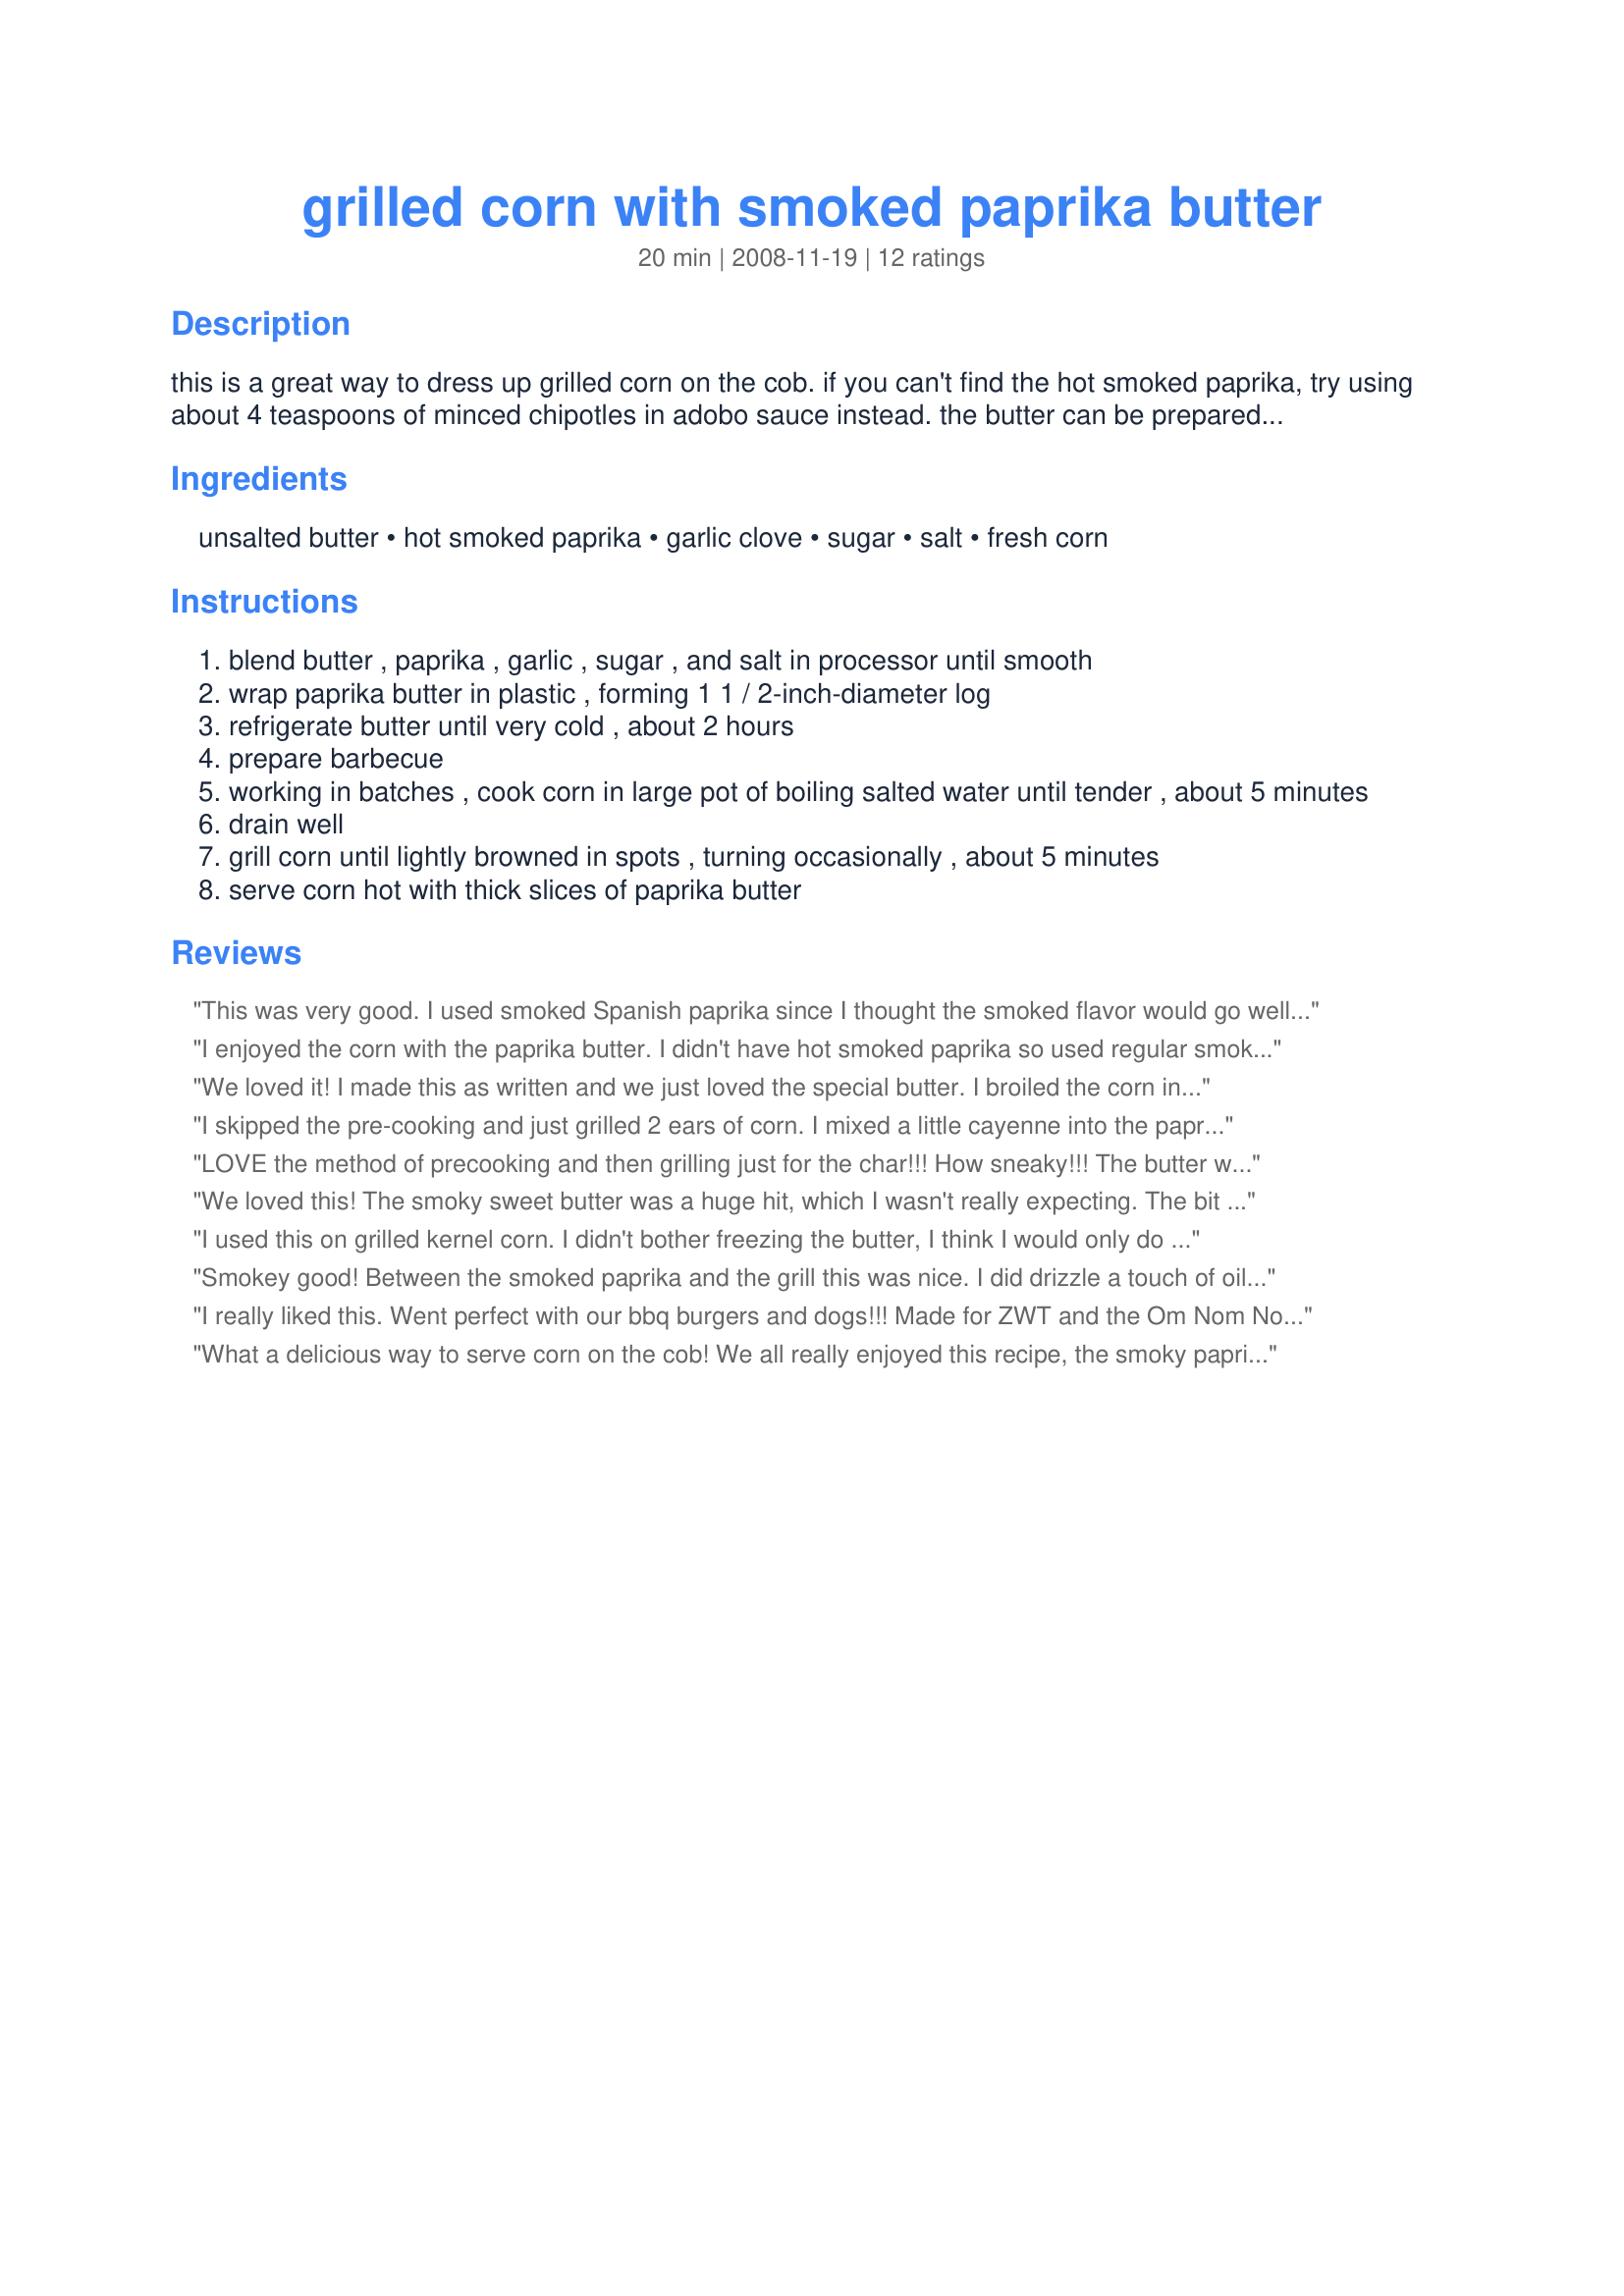
grilled corn with smoked paprika butter
Preparation time: 20 minutes

this is a great way to dress up grilled corn on the cob. if you can't find the hot smoked paprika, try using about 4 teaspoons of minced chipotles in adobo sauce instead. the butter can be prepared one day ahead and is not reflected in the times. from bon appetit.

Ingredients:
unsalted butter, hot smoked paprika, garlic clove, sugar, salt, fresh corn

Steps:
blend butter , paprika , garlic , sugar , and salt in processor until smooth
wrap paprika butter in plastic , forming 1 1 / 2-inch-diameter log
refrigerate butter until very cold , about 2 hours
prepare barbecue
working in batches , cook corn in large pot of boiling salted water until tender , about 5 minutes
drain well
grill corn until lightly browned in spots , turning occasionally , about 5 minutes
serve corn hot with thick slices of paprika butter

Reviews:
This was very good. I used smoked Spanish paprika since I thought the smoked flavor would go well with the grilled corn. Made for the Epicurean Queens, ZWT5: Family Picks.
I enjoyed the corn with the paprika butter. I didn't have hot smoked paprika so used regular smoked paprika. It looked pretty and tasted good too! Thanks! Made for lazyme's cookathon.
We loved it! I made this as written and we just loved the special butter. I broiled the corn in the oven since it's raining. Thanks lazyme! Made for ZWT5 for the Kitchen Witches.
I skipped the pre-cooking and just grilled 2 ears of corn. I mixed a little cayenne into the paprika and mixed it into half a stick of butter. I didn't bother chilling the butter, just lathered it on the corn and sprinkled a bit of Pensey's Arizona Dreaming. Thanks for sharing. Made for ZWT 8- Spain/Portugal.
LOVE the method of precooking and then grilling just for the char!!! How sneaky!!! The butter was good. Used Spanish Smoked Paprika since this was made for the Spanish region of ZWT5. This was a great side dish to some Salmon and Spanish Green Beans. Thanks!
We loved this! The smoky sweet butter was a huge hit, which I wasn't really expecting. The bit of extra butter we had made its way onto potatoes too since we liked it so much. I didn't bother with the pre-boiling because I had freshly cut corn and usuallly cook it straight on the grill (half way with it's husks still on...soaked in water beforehand). Got some nice colour on our cobs of corn, I was only sorry I didn't make more. Thanks lazyme!
I used this on grilled kernel corn. I didn't bother freezing the butter, I think I would only do that for special occasions. Reviewed for ZWT 2009. Thanks!
Smokey good! Between the smoked paprika and the grill this was nice. I did drizzle a touch of oil over the corn before grilling. I did use the pre-method of cooking just because my corn was not fresh. If just picked I would have skipped the pre cooking part. Fresh corn can be eaten raw. It would be so sweet. So do take note on how fresh the corn is before cooking. I did make just 1/4 of the recipe. using the butter in it`s soft form. Just spreading it right on the cobs. YUMMO! Made for ZWT8
I really liked this. Went perfect with our bbq burgers and dogs!!! Made for ZWT and the Om Nom Nommers!!
What a delicious way to serve corn on the cob! We all really enjoyed this recipe, the smoky paprika was to die for and it was so simple to make. Thanks for posting. Made for ZWT 8 :D
A great, different way to eat corn! I used the chipotles in adobe option since I only own regular paprika. I felt like the butter was missing a little something in the end so I also added a splash of lime. Thanks for the post!
What a nice change...I cut the recipe way down...so I cheated and didn&#039;t use the food processor...I just creamed all the butter ingredients together and rolled it into the size of a quarter...I got 4 little coin size slices...I used the frozen little corn nibbles...hubby really liked the smokey taste...thanks for posting it...=)
